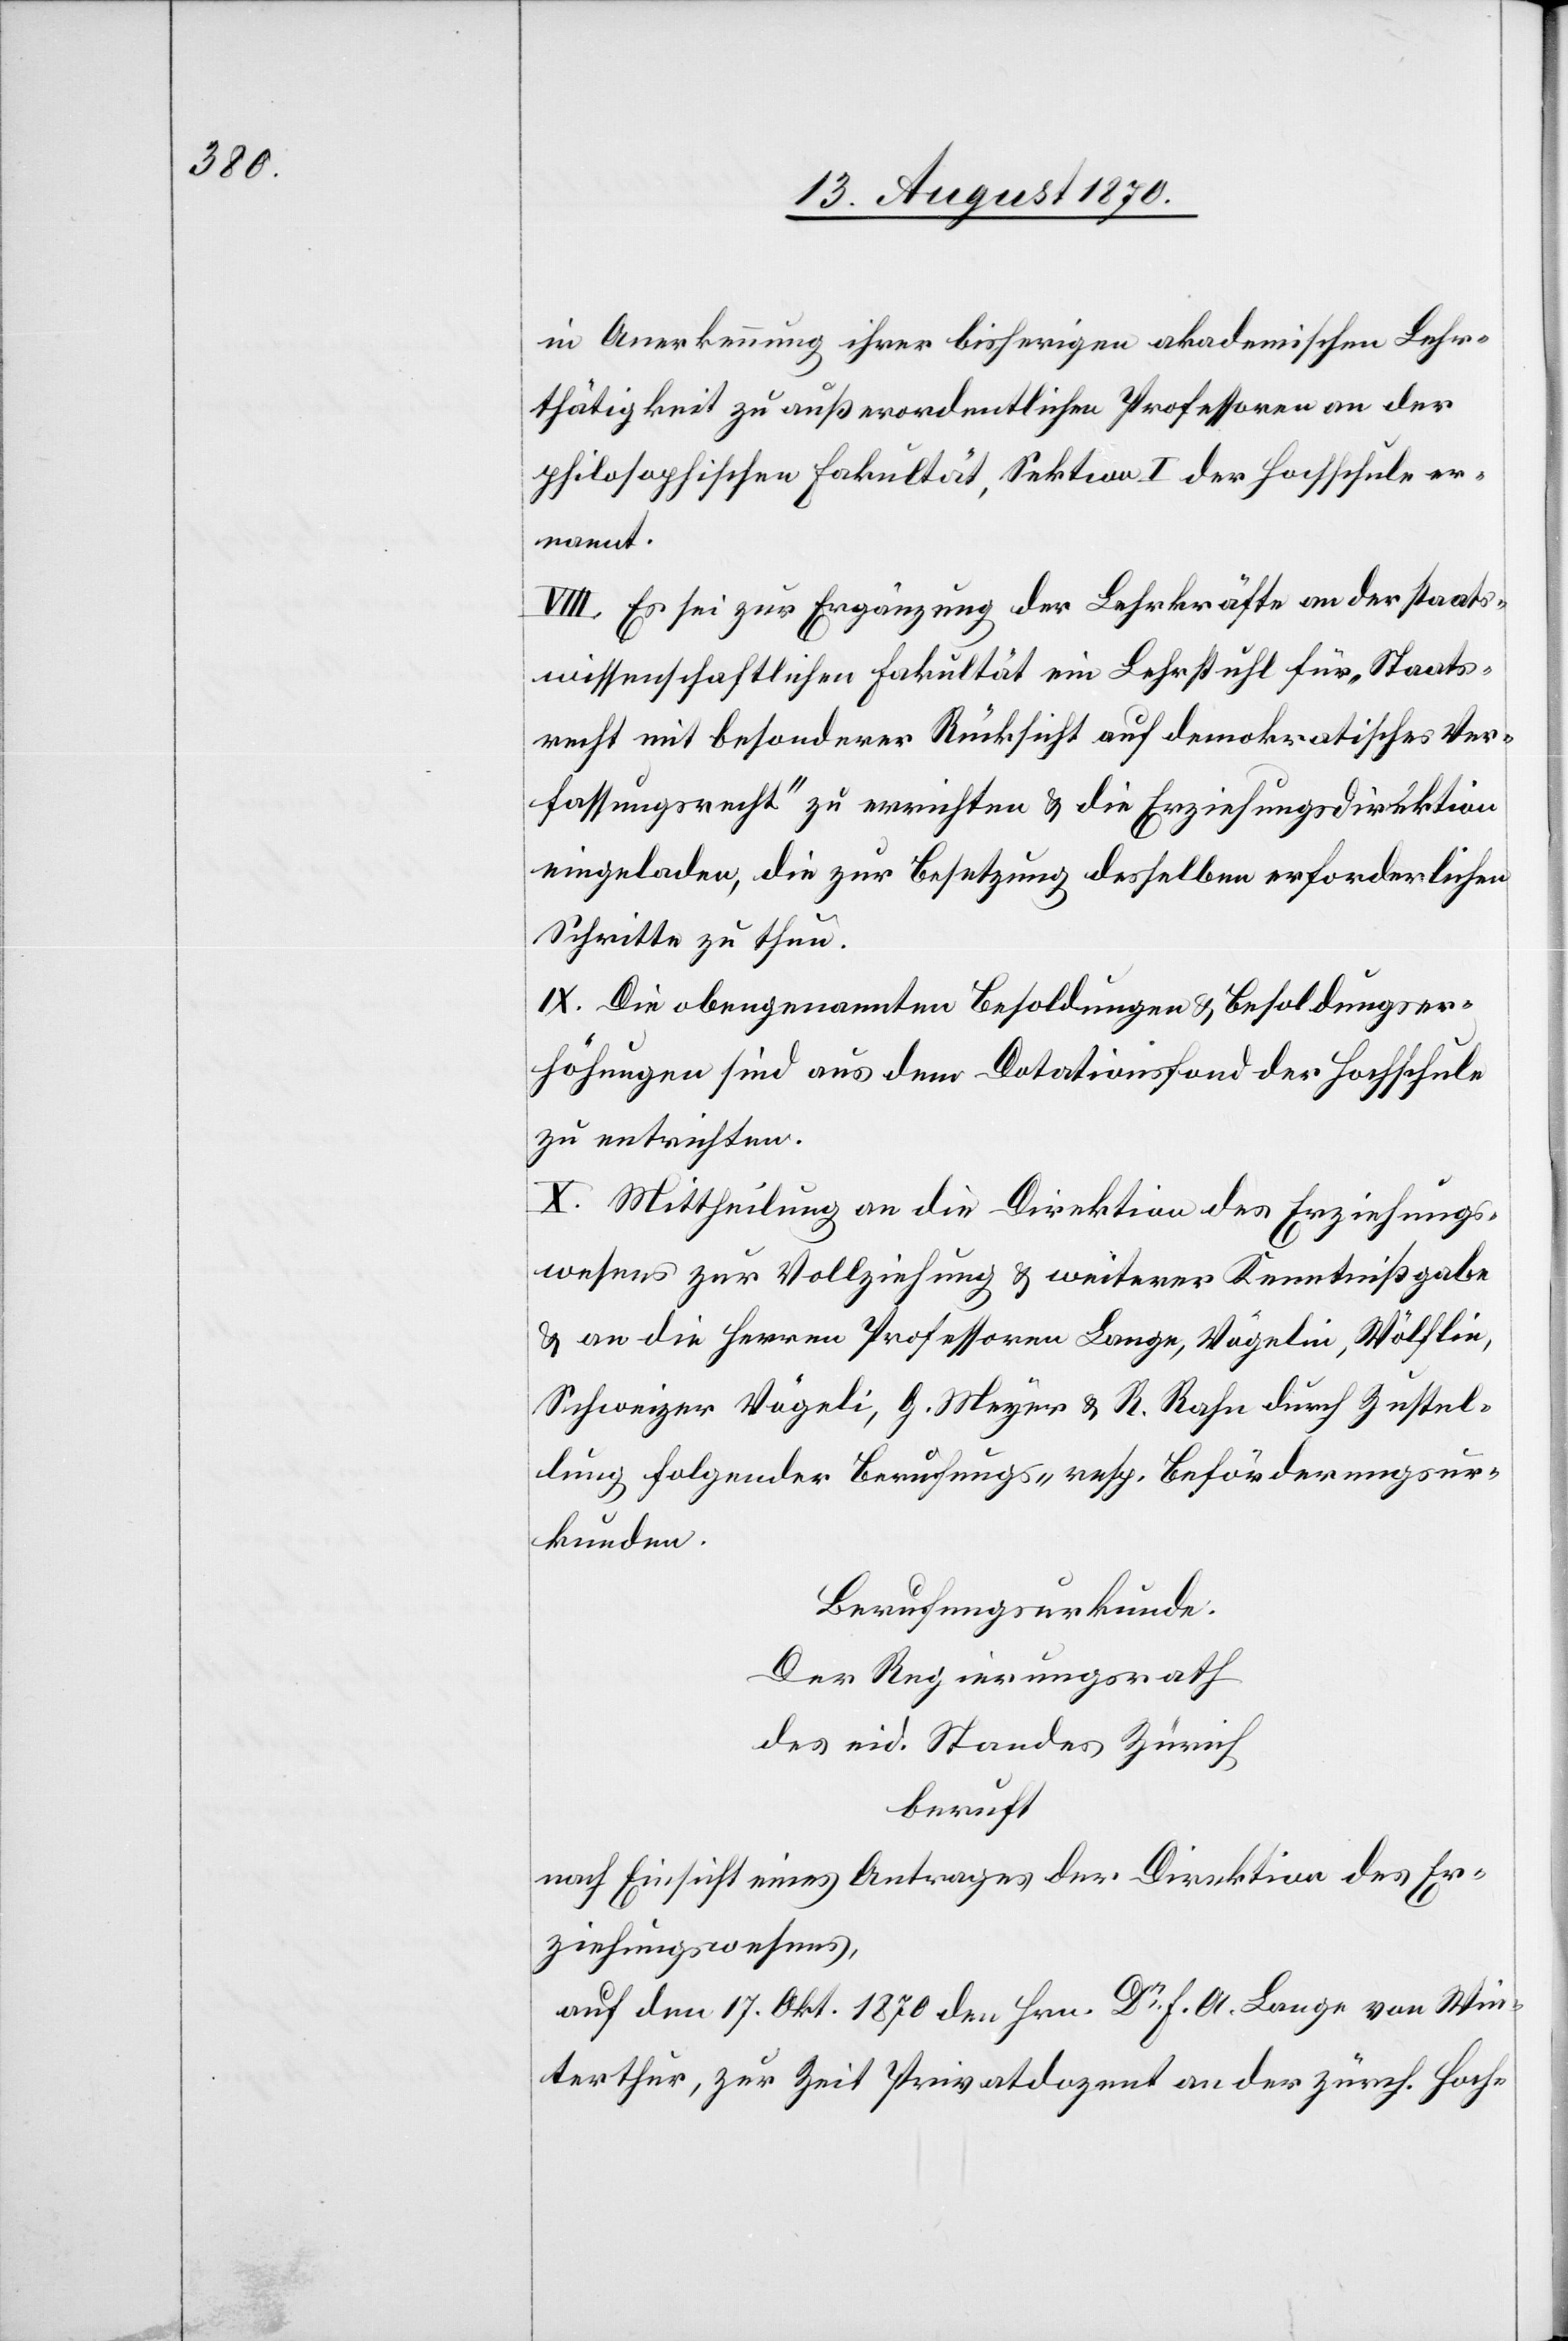
in Anerkennung ihrer bisherigen akademischen Lehr¬
thätigkeit zu außerordentlichen Professoren an der
philosophischen Fakultät, Sektion I der Hochschule er¬
nannt.
VIII. Es sei zur Ergänzung der Lehrkräfte an der staats¬
wissenschaftlichen Fakultät ein Lehrstuhl für „Staats¬
recht mit besonderer Rücksicht auf demokratisches Ver¬
fassungsrecht“ zu errichten & die Erziehungsdirektion
eingeladen, die zur Besetzung desselben erforderlichen
Schritte zu thun.
IX. Die obengenannten Besoldungen & Besoldungser¬
höhungen sind aus dem Dotationsfond der Hochschule
zu entrichten.
X. Mittheilung an die Direktion des Erziehungs¬
wesens zur Vollziehung & weiterer Kenntnißgabe
& an die Herren Professor Lange, Vögelin, Wölflin,
Schweizer[,] Vögeli, G. Meyer & R. Rahn durch Zustel¬
lung folgender Berufungs- resp. Beförderungsur¬
kunden.
Berufungsurkunde.
Der Regierungsrath
des eid. Standes Zürich
beruft
nach Einsicht eines Antrages der Direktion des Er¬
ziehungswesens
auf den 17. Okt. 1870 den Hrn. Dr F. A. Lange von Win¬
terthur, zur Zeit Privatdozent an der zürch. Hoch-